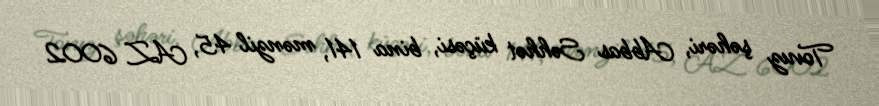
Tovuz şəhəri, Abbas Səhhət küçəsi, bina 141, mənzil 45, AZ 6002